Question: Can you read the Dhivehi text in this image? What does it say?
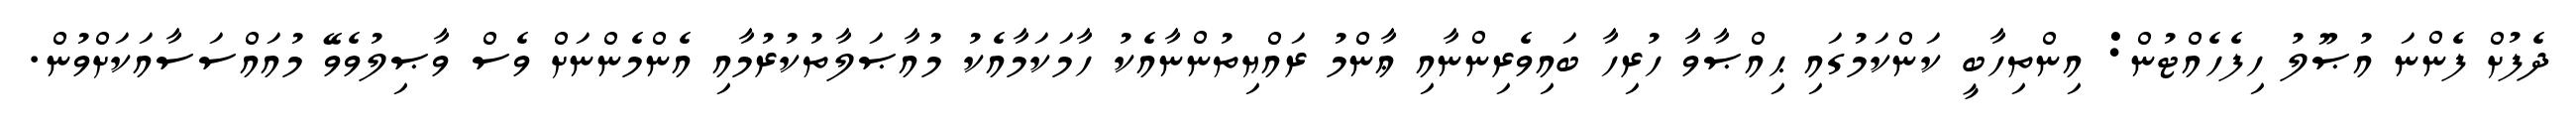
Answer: ދެފުށް ފެންނަ އުޞޫލު ހިފެހެއްޓުން: އިންތިހާބީ ކަންކަމުގައި ޙިއްޞާވާ ހުރިހާ ބައިވެރިންނާއި ޢާންމު ރައްޔިތުންނާއެކު ހާމަކަމާއެކު މުއާޞަލާތުކުރުމާއި އެންމެންނަށް ވެސް ވާޞިލުވެވޭ މުއައްސަސާއަކަށްވުން.